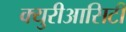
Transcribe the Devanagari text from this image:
क्युरीआसिटी